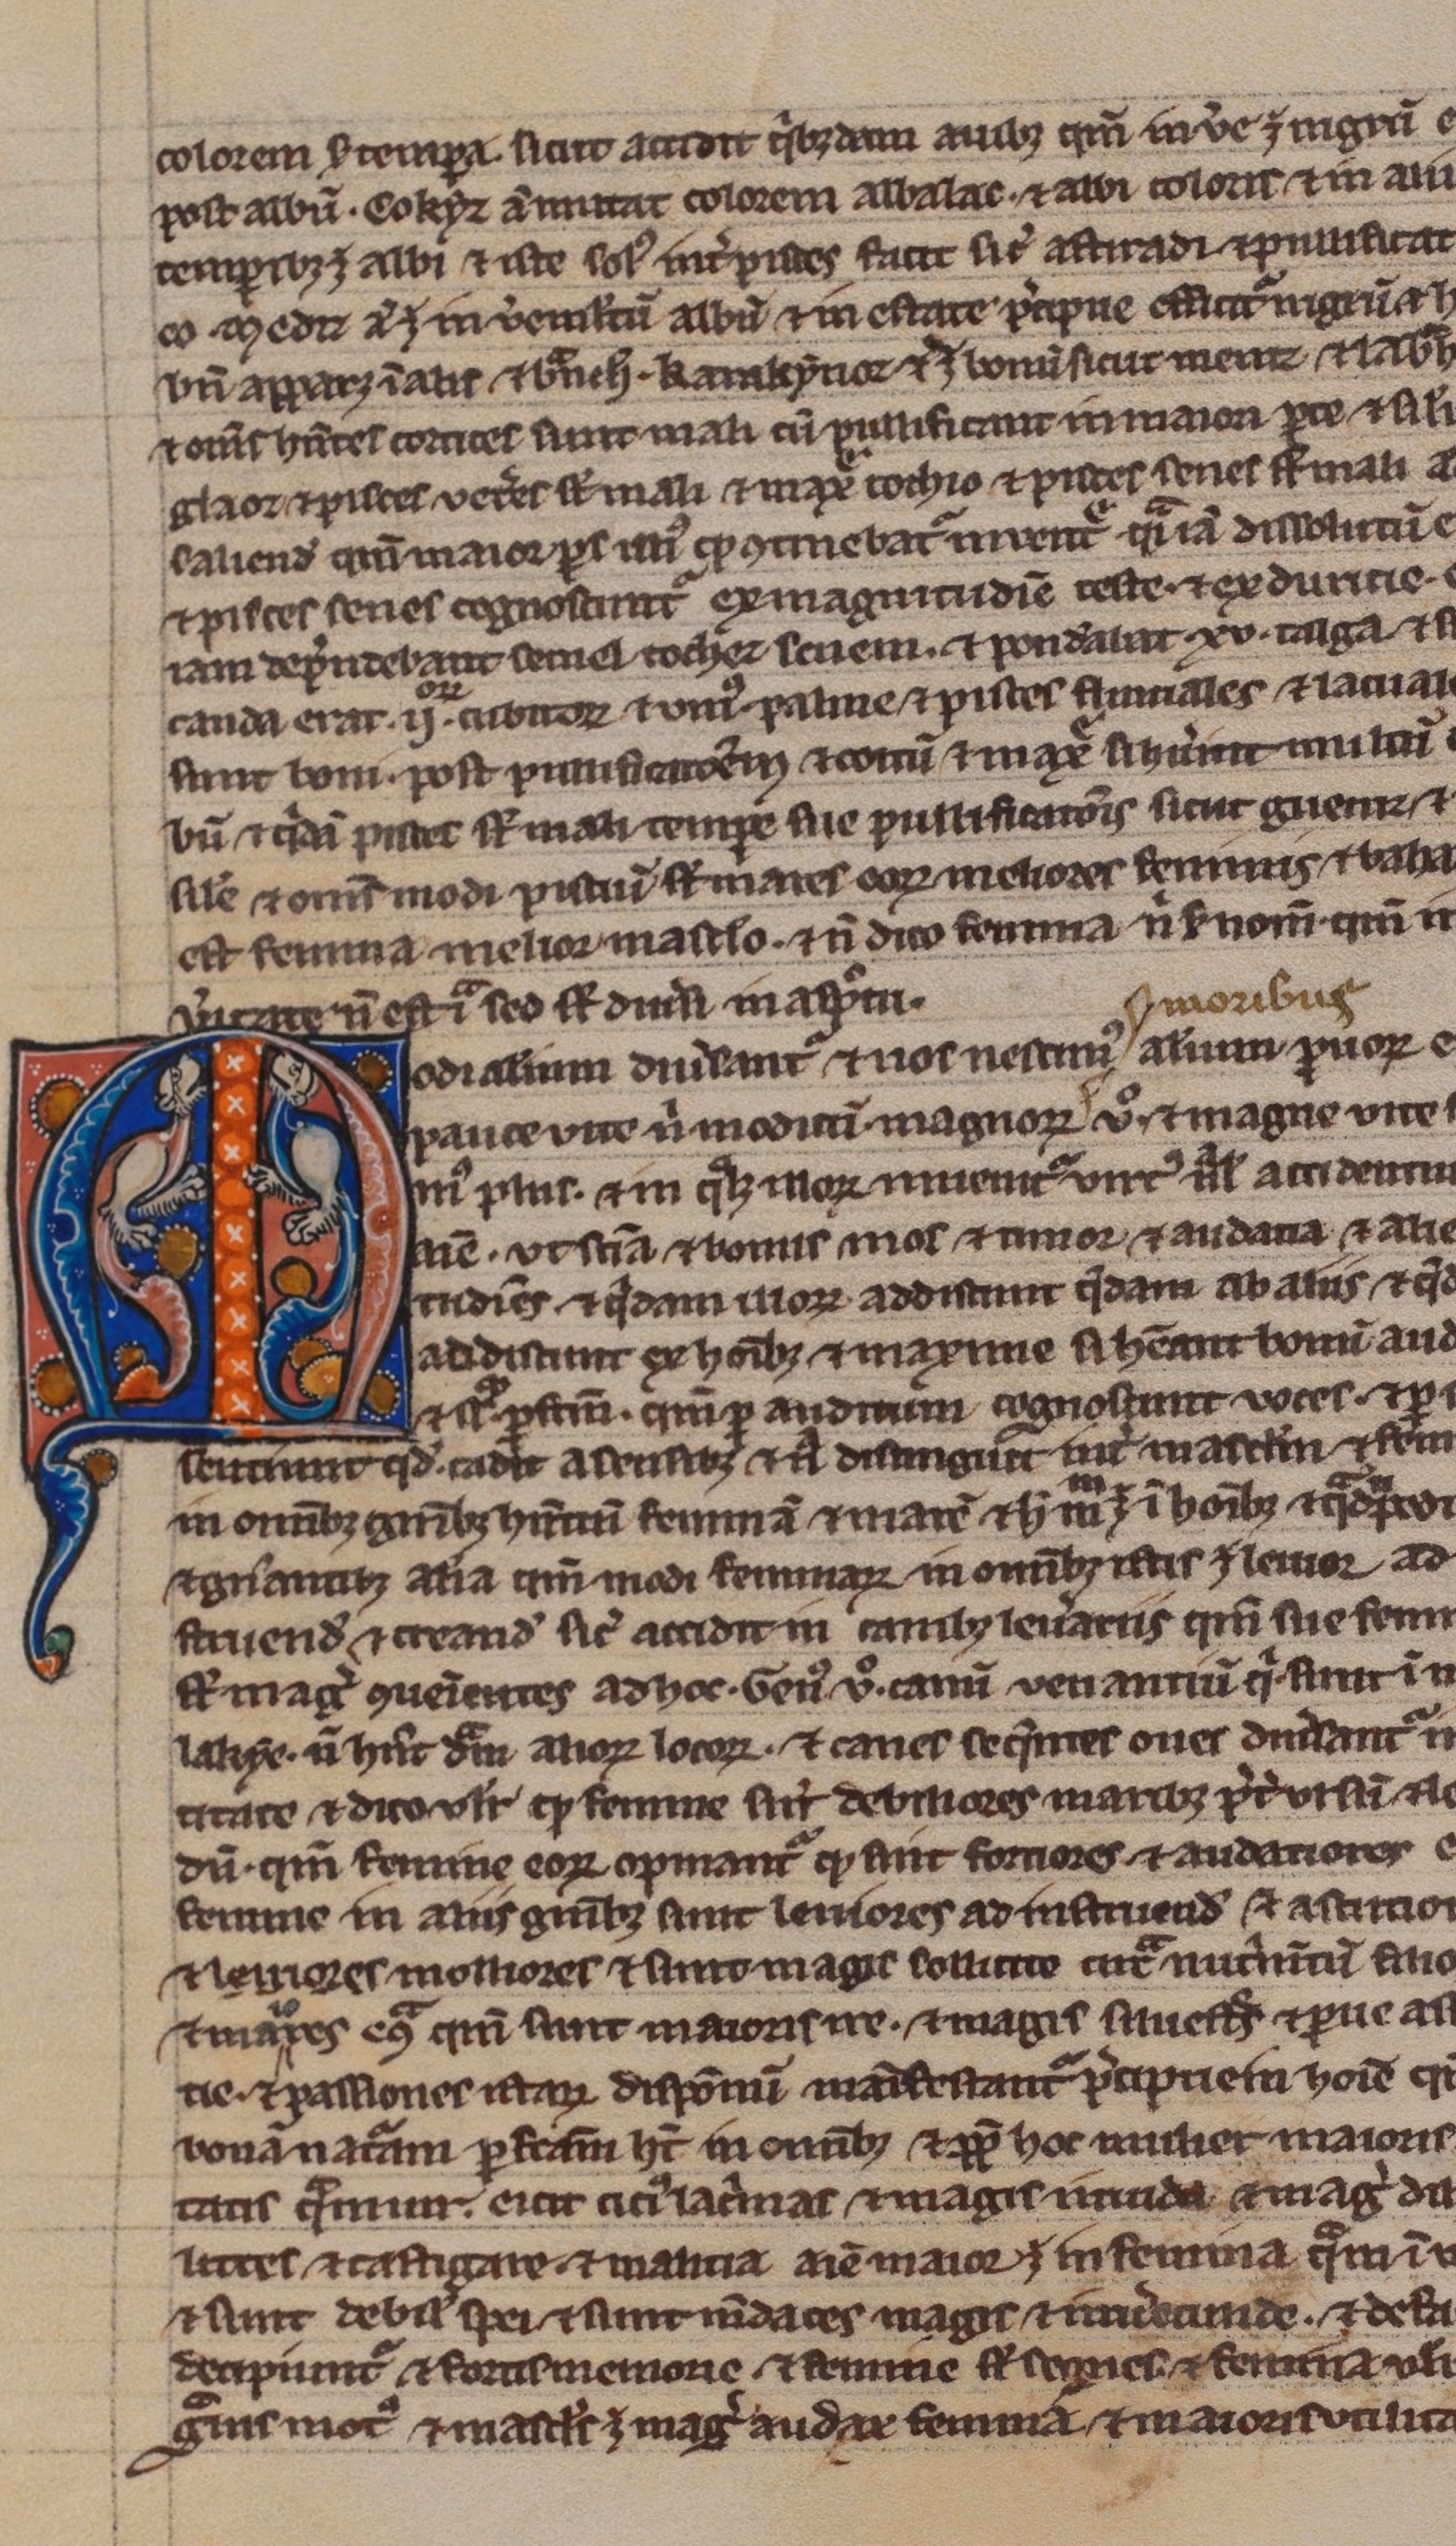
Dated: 1200–1299